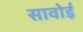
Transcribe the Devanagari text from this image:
सावोई